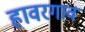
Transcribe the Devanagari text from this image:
हावरगाव